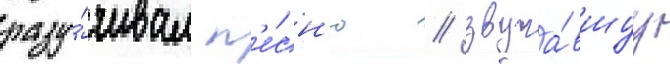
разу́чивал п'е́сн'ю / звуча́вшуу